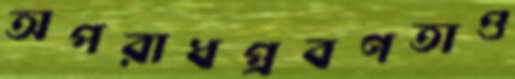
অপরাধপ্রবণতাও